Vital statistics of India. Vol. IV, Annual returns from 1871 to 1876. British Army of India, Native Army and jails of Bengal
Year: 1871
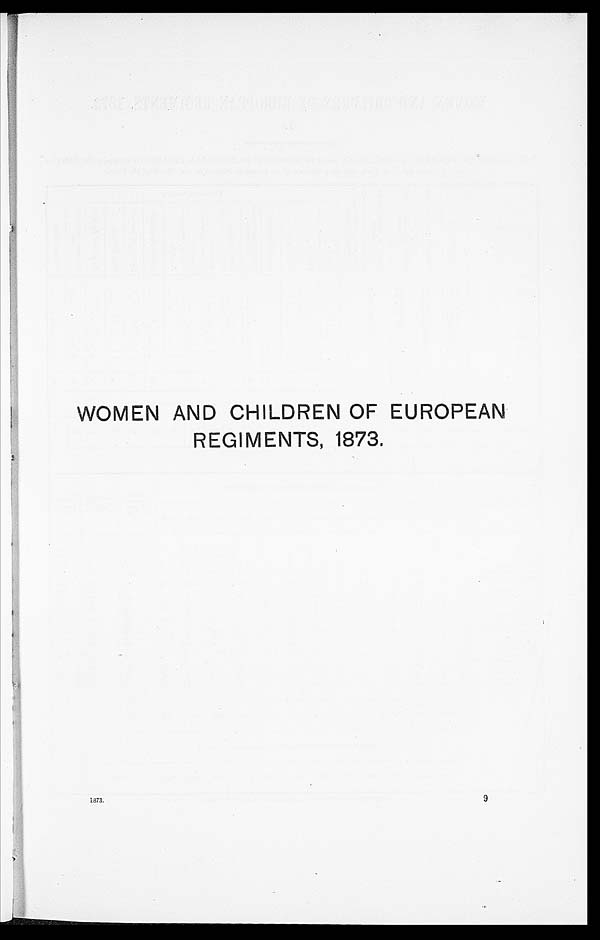
WOMEN AND CHILDREN OF
EUROPEAN
REGIMENTS, 1873.